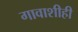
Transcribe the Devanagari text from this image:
गावाशीही